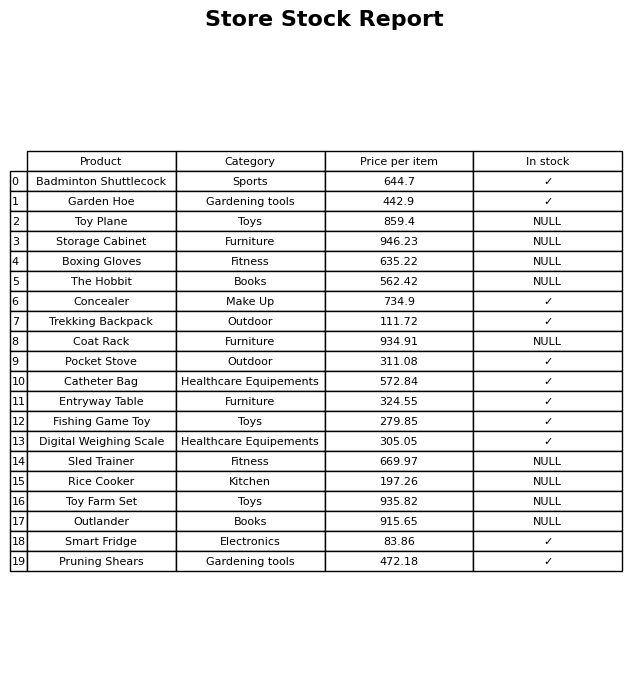
question: What is the price of the Catheter Bag?
answer: The price of Catheter Bag is 572.84.